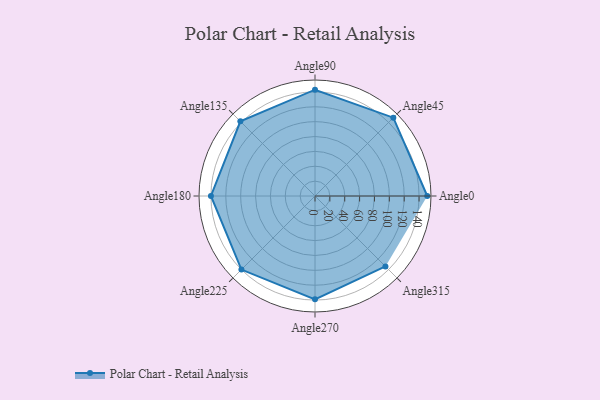
{"axis": {"x": "Angle", "y": "Radius"}, "legend": [""], "data": [{"x": "Angle0", "y": 151.0, "type": ""}, {"x": "Angle45", "y": 149.0, "type": ""}, {"x": "Angle90", "y": 143.0, "type": ""}, {"x": "Angle135", "y": 142.0, "type": ""}, {"x": "Angle180", "y": 140.0, "type": ""}, {"x": "Angle225", "y": 140.0, "type": ""}, {"x": "Angle270", "y": 139.0, "type": ""}, {"x": "Angle315", "y": 134.0, "type": ""}]}